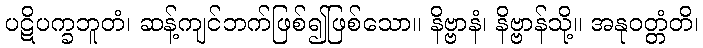
ပဋိပက္ခဘူတံ၊ ဆန့်ကျင်ဘက်ဖြစ်၍ဖြစ်သော။ နိဗ္ဗာနံ၊ နိဗ္ဗာန်သို့။ အနုဝတ္တံတိ၊